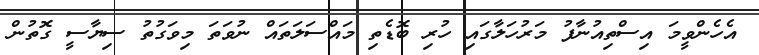
އެހެންވީމަ އިސްތިއުނާފު މަރުހަލާގައި ހުރި ބޮޑެތި މައްސަލަތައް ނުވަތަ މިވަގުތު ސިޔާސީ ގޮތުން